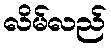
လိမ်လည်